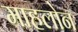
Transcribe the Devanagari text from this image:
माहलोन